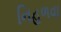
નિહળવા